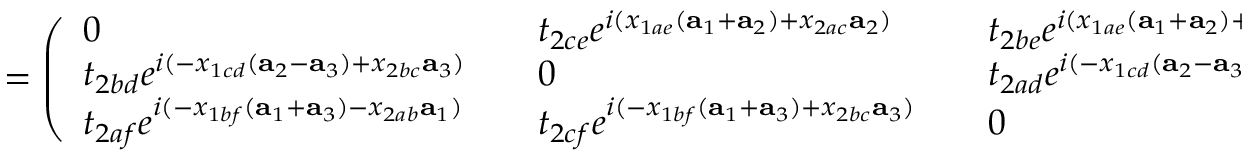
= \left( \begin{array} { l l l l l } { 0 } & { } & { t _ { 2 c e } e ^ { i ( x _ { 1 a e } ( { \bf a } _ { 1 } + { \bf a } _ { 2 } ) + x _ { 2 a c } { \bf a } _ { 2 } ) } } & { } & { t _ { 2 b e } e ^ { i ( x _ { 1 a e } ( { \bf a } _ { 1 } + { \bf a } _ { 2 } ) + x _ { 2 a b } { \bf a } _ { 1 } ) } } \\ { t _ { 2 b d } e ^ { i ( - x _ { 1 c d } ( { \bf a } _ { 2 } - { \bf a } _ { 3 } ) + x _ { 2 b c } { \bf a } _ { 3 } ) } } & { } & { 0 } & { } & { t _ { 2 a d } e ^ { i ( - x _ { 1 c d } ( { \bf a } _ { 2 } - { \bf a } _ { 3 } ) - x _ { 2 a c } { \bf a } _ { 2 } ) } } \\ { t _ { 2 a f } e ^ { i ( - x _ { 1 b f } ( { \bf a } _ { 1 } + { \bf a } _ { 3 } ) - x _ { 2 a b } { \bf a } _ { 1 } ) } } & { } & { t _ { 2 c f } e ^ { i ( - x _ { 1 b f } ( { \bf a } _ { 1 } + { \bf a } _ { 3 } ) + x _ { 2 b c } { \bf a } _ { 3 } ) } } & { } & { 0 } \end{array} \right) \, .